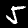
Digit: 5